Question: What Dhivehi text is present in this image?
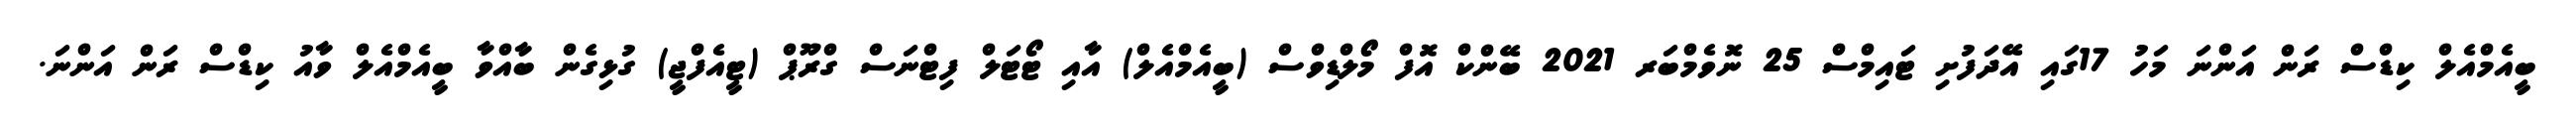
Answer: ބީއެމްއެލް ކިޑްސް ރަން އަންނަ މަހު 17ގައި އޭދަފުށި ޓައިމްސް 25 ނޮވެމްބަރ 2021 ބޭންކް އޮފް މޯލްޑިވްސް (ބީއެމްއެލް) އާއި ޓޯޓަލް ފިޓްނަސް ގްރޫޕް (ޓީއެފްޖީ) ގުޅިގެން ބާއްވާ ބީއެމްއެލް ވާއު ކިޑްސް ރަން އަންނަ.